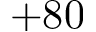
+ 8 0